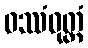
ဝဿံဝုတ္ထံ